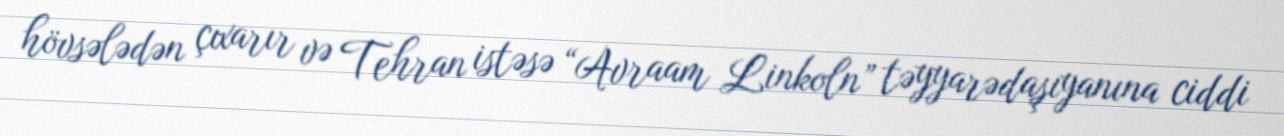
hövsələdən çıxarır və Tehran istəsə “Avraam Linkoln” təyyarədaşıyanına ciddi